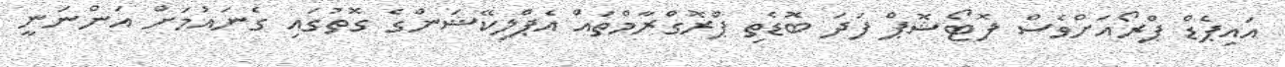
އައިޕެޑް ޕްރޯއަށްވެސް ފޮޓޯޝޮޕް ފަދަ ބޮޑެތި ޕްރޮގްރާމްތައް އެޕްލިކޭޝަންގެ ގޮތުގައި ގެނައުމަށް އަންނަނީ